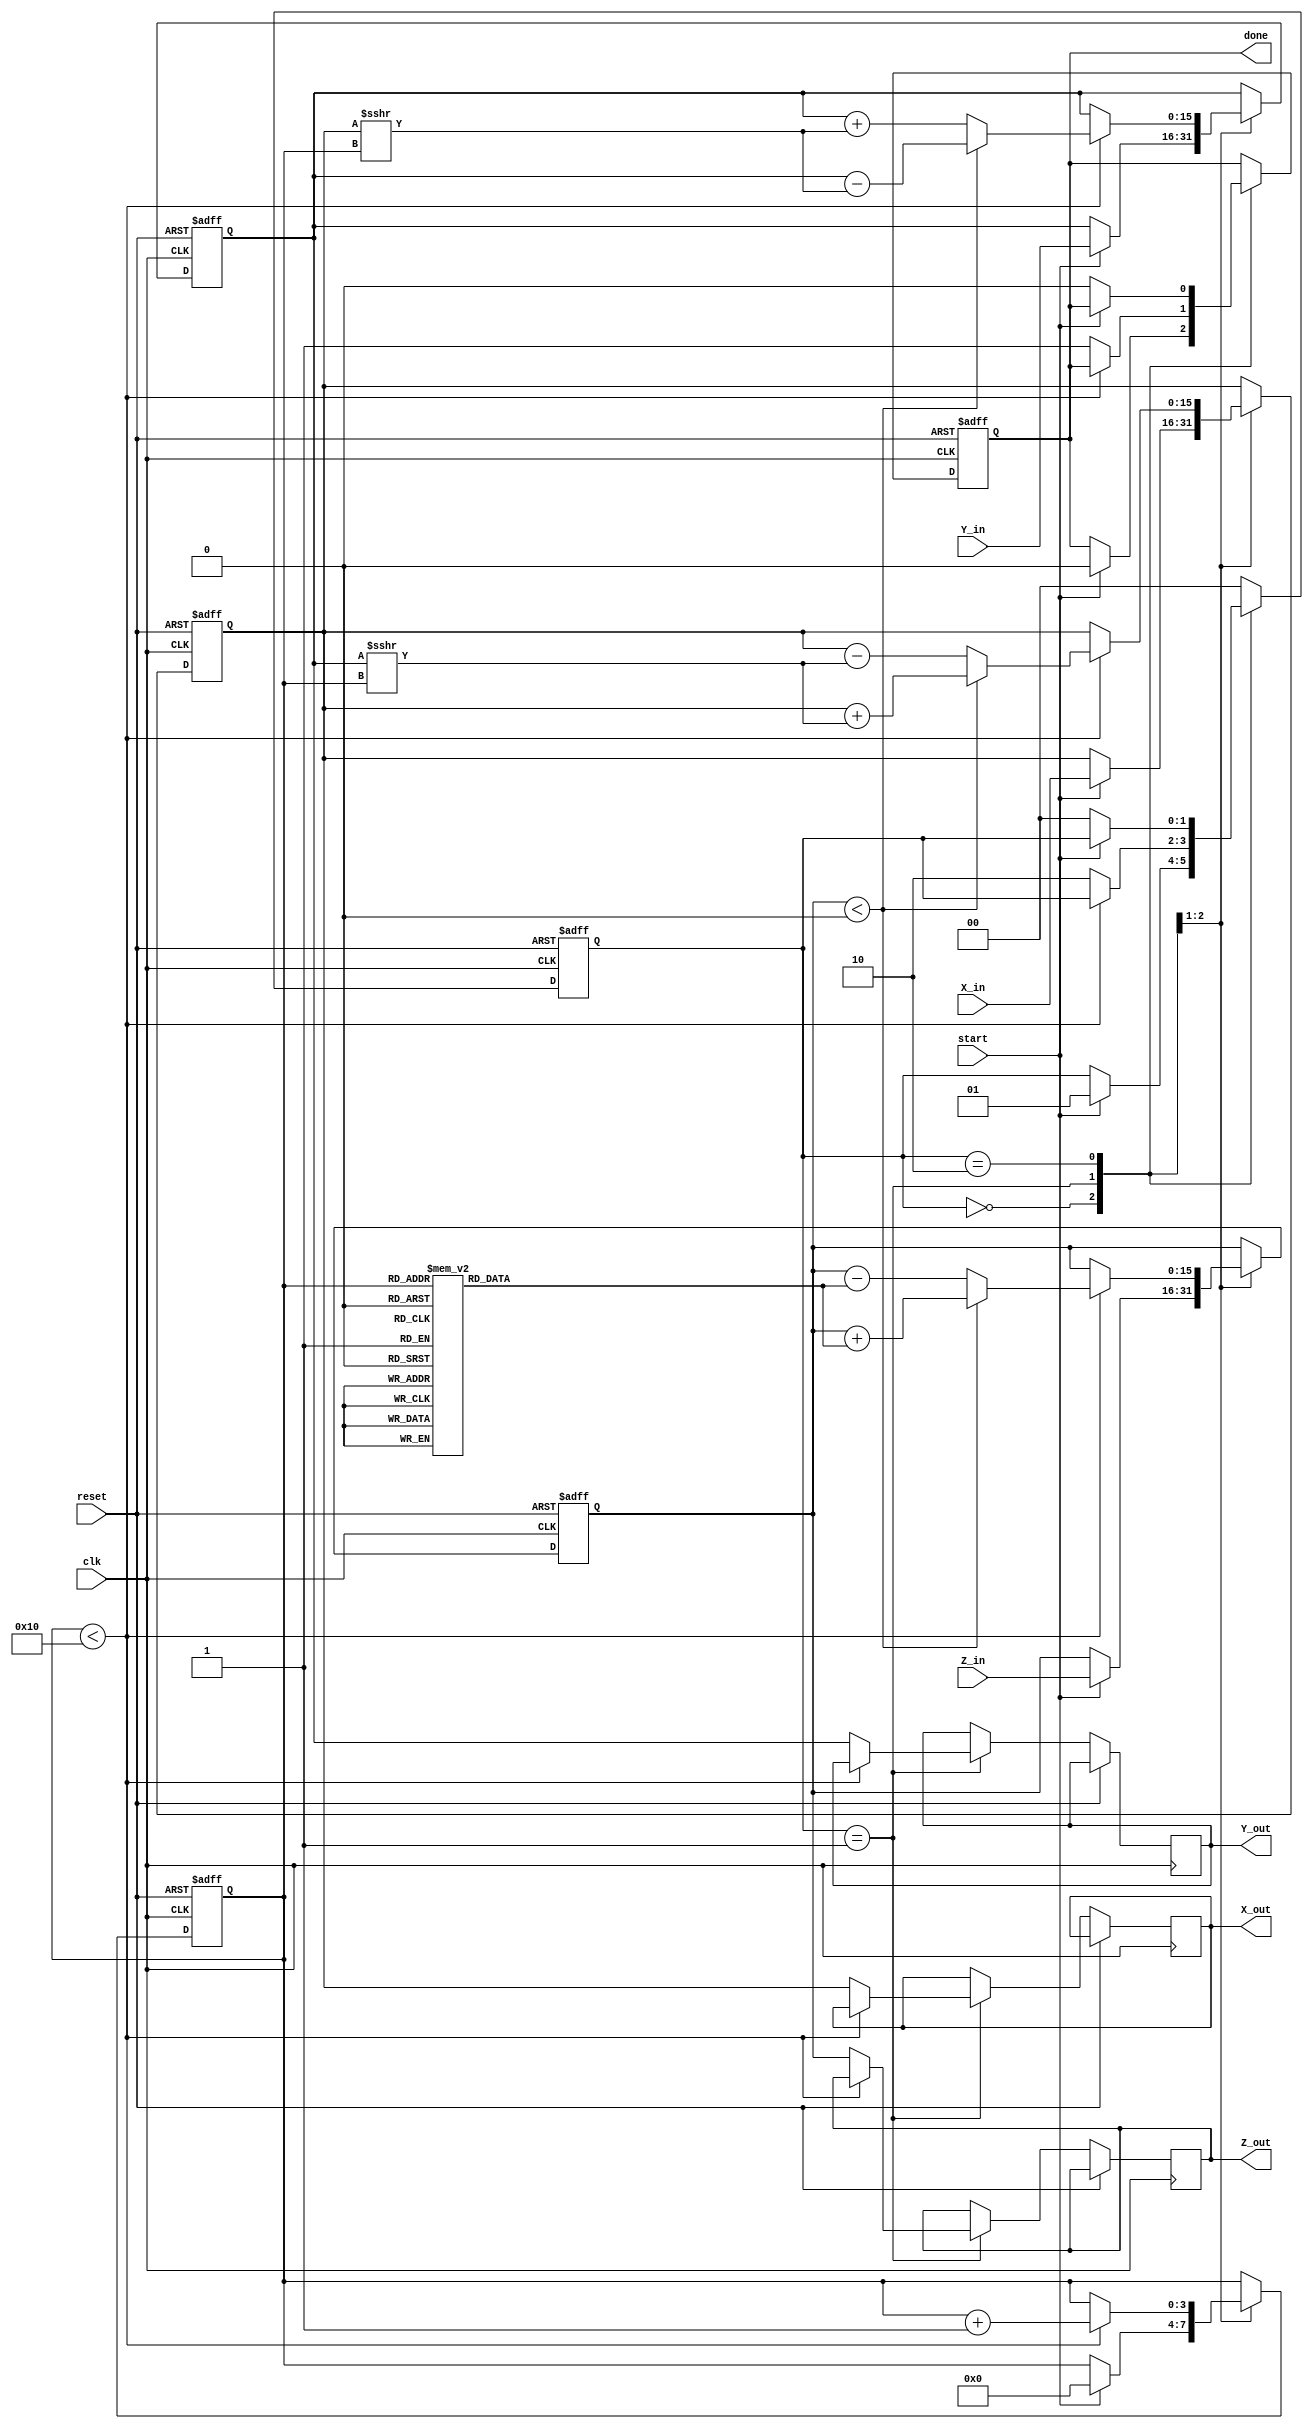
module cordic_2d (
    input wire signed [15:0] X_in,
    input wire signed [15:0] Y_in,
    input wire signed [15:0] Z_in,
    input wire start,
    input wire clk,
    input wire reset,
    output reg signed [15:0] X_out,
    output reg signed [15:0] Y_out,
    output reg signed [15:0] Z_out,
    output reg done
);

    // Parameters
    parameter NUM_ITERATIONS = 16; // Number of iterations
    parameter FIXED_POINT_FRAC_BITS = 14;
    
    // Internal Registers
    reg signed [15:0] X_reg;
    reg signed [15:0] Y_reg;
    reg signed [15:0] Z_reg;
    reg [3:0] iteration_count; // Counter for iterations
    reg [1:0] state; // State for FSM

    // CORDIC Constants (atan(2^-i) in fixed-point representation)
    reg signed [15:0] atan_table [0:NUM_ITERATIONS-1];
    
    initial begin
        // Pre-compute atan(2^-i) values (scaled by 2^14 for fixed-point)
        atan_table[0] = 16'h2000; // atan(1) = pi/4 * 2^14
        atan_table[1] = 16'h1333; // atan(1/2) = pi/6 * 2^14
        atan_table[2] = 16'h0A3D; // atan(1/4) = pi/12 * 2^14
        atan_table[3] = 16'h0519; // atan(1/8) = pi/24 * 2^14
        // Continue to fill in other values...
        // atan_table[4] = ...
        // ...
    end

    // State encoding
    localparam IDLE = 2'b00;
    localparam COMPUTE = 2'b01;
    localparam DONE = 2'b10;

    // FSM and CORDIC Logic
    always @(posedge clk or posedge reset) begin
        if (reset) begin
            X_reg <= 0;
            Y_reg <= 0;
            Z_reg <= 0;
            iteration_count <= 0;
            state <= IDLE;
            done <= 0;
        end else begin
            case (state)
                IDLE: begin
                    if (start) begin
                        // Initialize registers
                        X_reg <= X_in;
                        Y_reg <= Y_in;
                        Z_reg <= Z_in;
                        iteration_count <= 0;
                        state <= COMPUTE;
                        done <= 0;
                    end
                end

                COMPUTE: begin
                    if (iteration_count < NUM_ITERATIONS) begin
                        // Determine direction based on Z_reg
                        if (Z_reg < 0) begin
                            // Counter-clockwise rotation
                            X_reg <= X_reg + (Y_reg >>> iteration_count);
                            Y_reg <= Y_reg - (X_reg >>> iteration_count);
                            Z_reg <= Z_reg + atan_table[iteration_count];
                        end else begin
                            // Clockwise rotation
                            X_reg <= X_reg - (Y_reg >>> iteration_count);
                            Y_reg <= Y_reg + (X_reg >>> iteration_count);
                            Z_reg <= Z_reg - atan_table[iteration_count];
                        end
                        iteration_count <= iteration_count + 1;
                    end else begin
                        // Complete computation
                        X_out <= X_reg;
                        Y_out <= Y_reg;
                        Z_out <= Z_reg;
                        done <= 1;
                        state <= DONE;
                    end
                end

                DONE: begin
                    if (!start) begin
                        state <= IDLE; // Return to idle state
                        done <= 0; // Reset done signal
                    end
                end

                default: state <= IDLE;
            endcase
        end
    end

endmodule